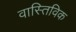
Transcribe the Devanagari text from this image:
वास्तिविक